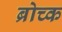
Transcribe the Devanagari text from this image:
ब्रोच्क